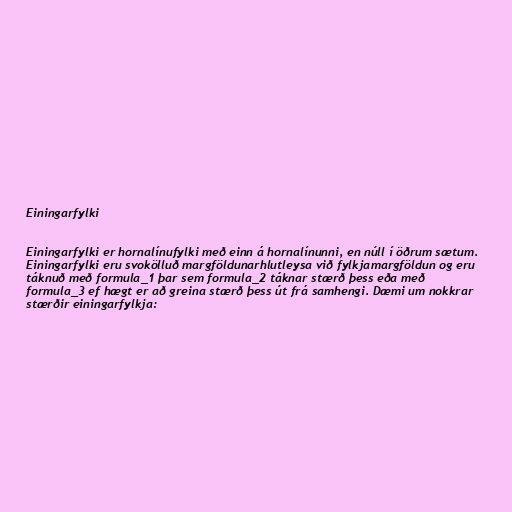
Einingarfylki

Einingarfylki er hornalínufylki með einn á hornalínunni, en núll í öðrum sætum.
Einingarfylki eru svokölluð margföldunarhlutleysa við fylkjamargföldun og eru
táknuð með formula_1 þar sem formula_2 táknar stærð þess eða með
formula_3 ef hægt er að greina stærð þess út frá samhengi. Dæmi um nokkrar
stærðir einingarfylkja: